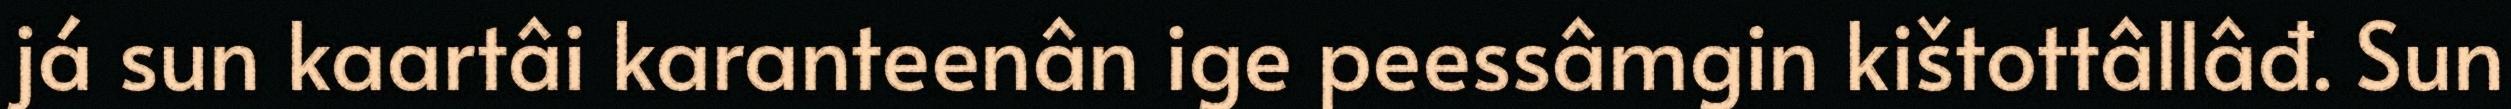
já sun kaartâi karanteenân ige peessâmgin kištottâllâđ. Sun